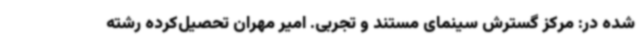
شده در: مرکز گسترش سینمای مستند و تجربی. امیر مهران تحصیل‌کرده‌ رشته